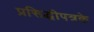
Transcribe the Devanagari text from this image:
प्रसिद्धीपत्रके